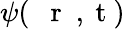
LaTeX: \psi(\mathrm{~{~\mathbf~r~}~,~t~})